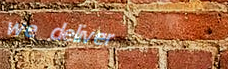
we deliver